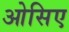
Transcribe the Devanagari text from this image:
ओसिए